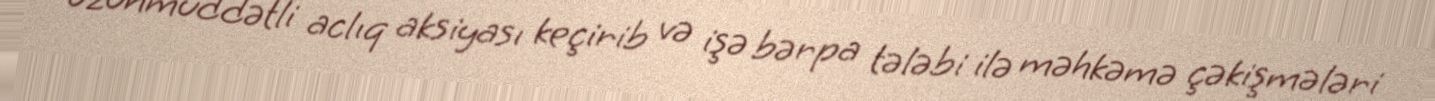
uzunmüddətli aclıq aksiyası keçirib və işə bərpa tələbi ilə məhkəmə çəkişmələri